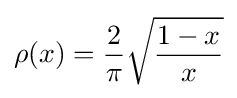
\rho (x)={\frac {2}{\pi }}{\sqrt {\frac {1-x}{x}}}